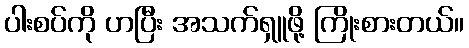
ပါးစပ်ကို ဟပြီး အသက်ရှူဖို့ ကြိုးစားတယ်။